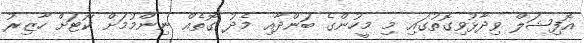
އޮފިޝަލް ވިދާޅުވިގޮތުގައި މި މީހުންގެ ބަންދާއި މެެދު ގޮތެއް ނިންމުމަށް ކޯޓަށް ހާޒިރު